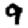
Digit: 9